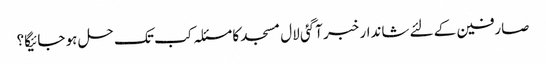
صارفین کے لئے شاندار خبر آگئی لال مسجد کا مسئلہ کب تک حل ہو جائیگا؟